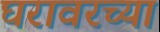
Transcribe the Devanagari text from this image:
घरावरच्या